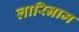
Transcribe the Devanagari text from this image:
लारिनाम